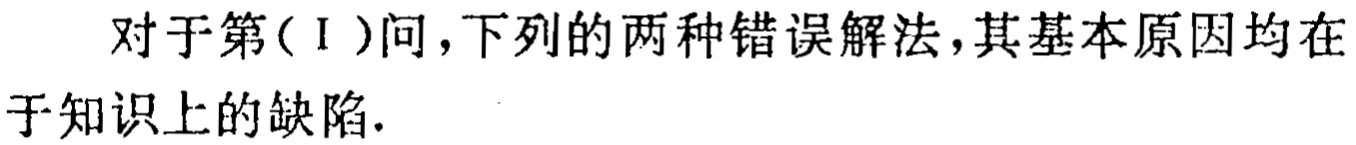
对于第(Ⅰ)问，下列的两种错误解法，其基本原因均在于知识上的缺陷.